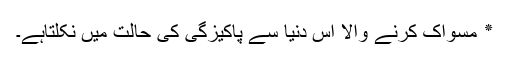
٭ مسواک کرنے والا اس دنیا سے پاکیزگی کی حالت میں نکلتاہے۔